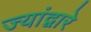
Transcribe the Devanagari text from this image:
ज्यांद्वारे